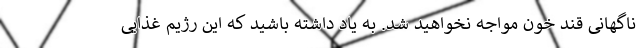
ناگهانی قند خون مواجه نخواهید شد. به یاد داشته باشید که این رژیم غذایی